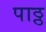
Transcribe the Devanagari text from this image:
पाठ्ठ